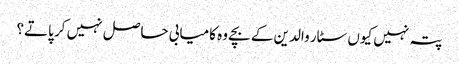
پتہ نہیں کیوں سٹار والدین کے بچے وہ کامیابی حاصل نہیں کر پاتے؟